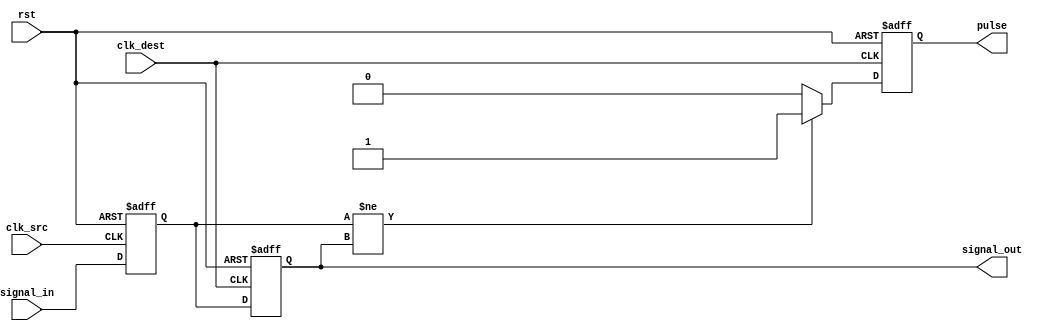
module pulsed_synchronizer (
    input wire clk_src,       // Source clock
    input wire clk_dest,      // Destination clock
    input wire rst,           // Asynchronous reset
    input wire signal_in,     // Input signal to be synchronized
    output reg signal_out,     // Synchronized output signal
    output reg pulse          // Pulse signal indicating successful capture
);

    // Intermediate signal to hold the value captured in the source clock domain
    reg signal_src;

    // First stage: Capture the input signal in the source clock domain
    always @(posedge clk_src or posedge rst) begin
        if (rst) begin
            signal_src <= 1'b0;
        end else begin
            signal_src <= signal_in;
        end
    end

    // Second stage: Transfer the captured signal to the destination clock domain
    always @(posedge clk_dest or posedge rst) begin
        if (rst) begin
            signal_out <= 1'b0;
            pulse <= 1'b0;
        end else begin
            // Generate pulse when the signal changes
            if (signal_src != signal_out) begin
                pulse <= 1'b1; // Set pulse high
            end else begin
                pulse <= 1'b0; // Reset pulse
            end
            signal_out <= signal_src; // Capture the signal from the source domain
        end
    end

endmodule